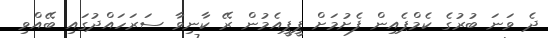
ދެ ވަނަ ބުރުގެ ކެމްޕެއިން ފެށުމަށް ޕީޕީއެމުން ރޭ ކާނިވާ ސަރަހައްދުގައި ބޭއްވި